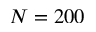
N = 2 0 0